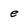
Character: e